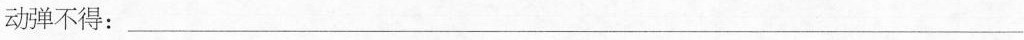
动弹不得：___